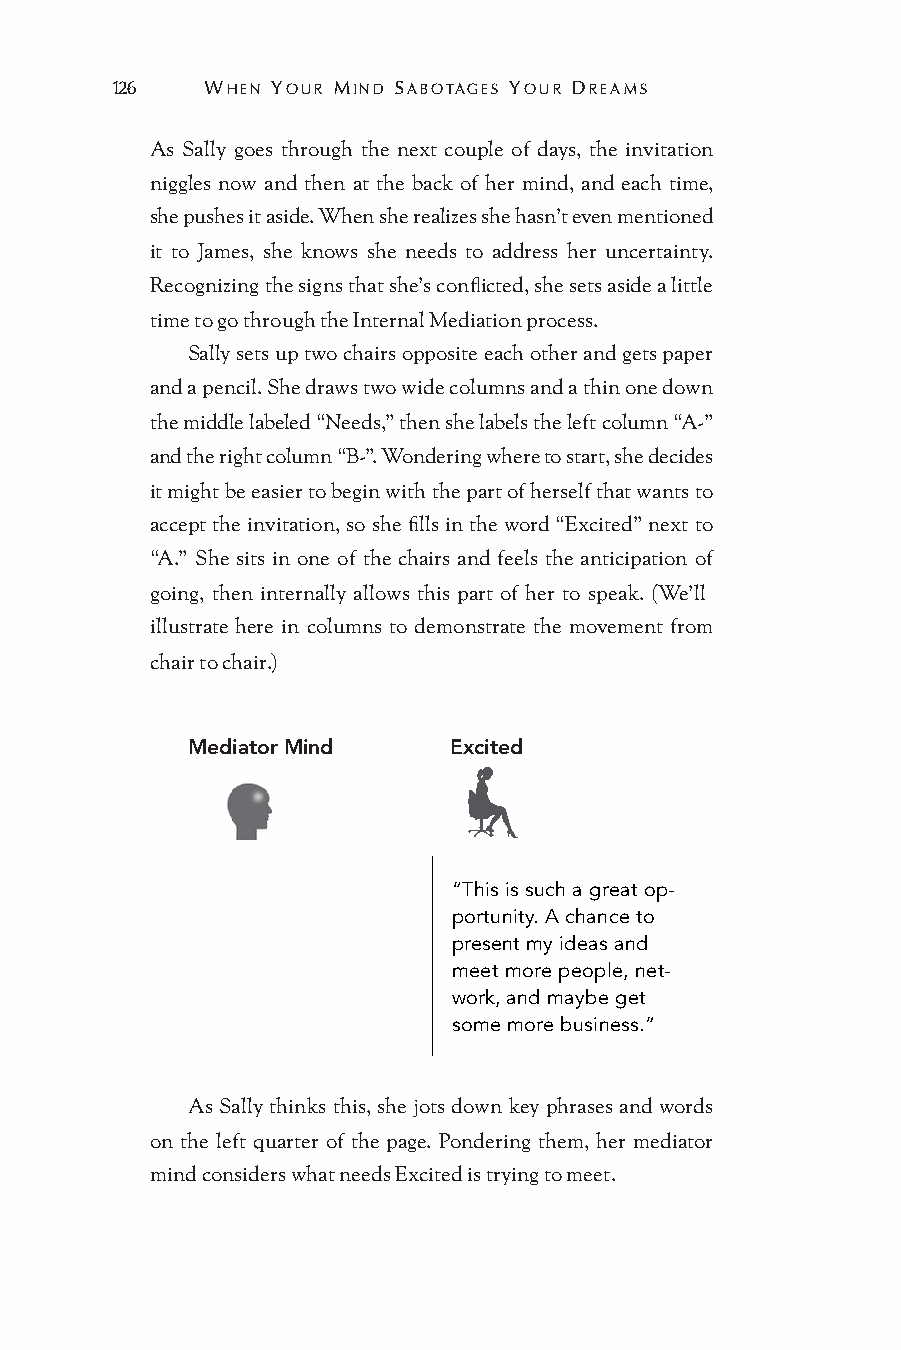
126   WHEN YOUR MIND SABOTAGES YOUR DREAMS
 As Sally goes through the next couple of days, the invitation
 niggles now and then at the back of her mind, and each time,
 she pushes it aside. When she realizes she hasn’t even mentioned
 it to James, she knows she needs to address her uncertainty.
 Recognizing the signs that she’s conflicted, she sets aside a little
 time to go through the Internal Mediation process.
 Sally sets up two chairs opposite each other and gets paper
 and a pencil. She draws two wide columns and a thin one down
 the middle labeled “Needs,” then she labels the left column “A-”
 and the right column “B-”. Wondering where to start, she decides
 it might be easier to begin with the part of herself that wants to
 accept the invitation, so she fills in the word “Excited” next to
 “A.” She sits in one of the chairs and feels the anticipation of
 going, then internally allows this part of her to speak. (We’ll
 illustrate here in columns to demonstrate the movement from
 chair to chair.)
 Mediator Mind     Excited
 “This is such a great op-
 portunity. A chance to
 present my ideas and
 meet more people, net-
 work, and maybe get
 some more business.”
 As Sally thinks this, she jots down key phrases and words
 on the left quarter of the page. Pondering them, her mediator
 mind considers what needs Excited is trying to meet.